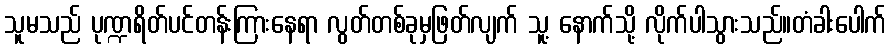
သူမသည် ပုဏ္ဍရိတ်ပင်တန်းကြားနေရာ လွတ်တစ်ခုမှဖြတ်လျက် သူ့ နောက်သို့ လိုက်ပါသွားသည်။တံခါးပေါက်